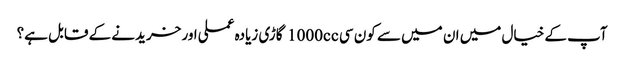
آپ کے خیال میں ان میں سے کون سی 1000cc گاڑی زیادہ عملی اور خریدنے کے قابل ہے؟